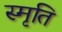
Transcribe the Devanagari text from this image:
स्‍मृति